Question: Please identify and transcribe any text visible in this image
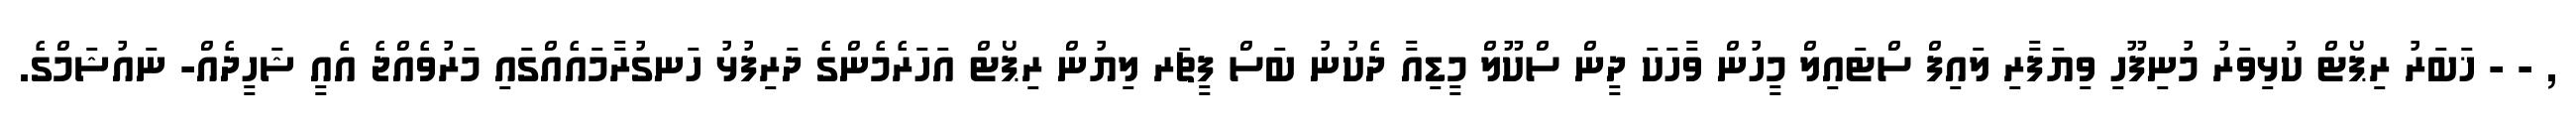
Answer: , - - ޚަބަރު ރިޕޯޓް ކުޅިވަރު މުނިފޫހި ވިޔަފާރި ލައިފް ސްޓައިލް މީހުން ވާހަކަ ދީން ސްކޫލް މީޑިއާ ދެކުނު ބަސް ފީޗަރ ލިޔުން ރިޕޯޓް އަހަރެމެންގެ ދަރިފުޅު ހަނގުރާމައެއްގައި މަރުވެއްޖެ އެއީ ޝަހީދެއް- ނައުޝަމްގެ.